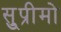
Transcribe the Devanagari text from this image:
सु्प्रीमो